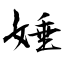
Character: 娷